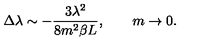
\Delta \lambda \sim - \frac { 3 \lambda ^ { 2 } } { 8 m ^ { 2 } \beta L } , \qquad m \rightarrow 0 .